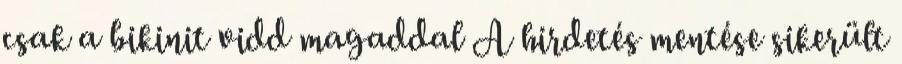
csak a bikinit vidd magaddal A hirdetés mentése sikerült